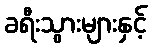
ခရီးသွားများနှင့်